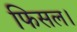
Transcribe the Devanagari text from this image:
फिसल।